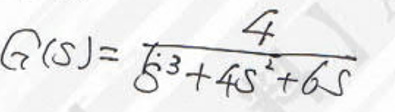
\[
G(s)=\frac{4}{s^{3}+4s^{2}+6s}
\]